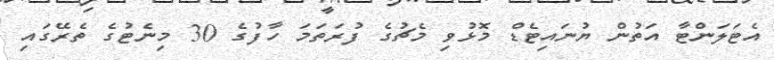
އެޓަލަންޓާ އަތުން ޔުނައިޓެޑް މޮޅުވި މެޗުގެ ފުރަތަމަ ހާފުގެ 30 މިނެޓުގެ ތެރޭގައި